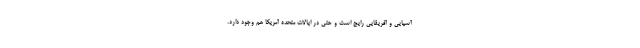
آسیایی و آفریقایی رایج است و حتی در ایالات متحده آمریکا هم وجود دارد.